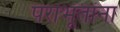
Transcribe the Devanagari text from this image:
पराभूतांना